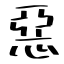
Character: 惡